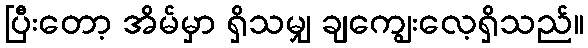
ပြီးတော့ အိမ်မှာ ရှိသမျှ ချကျွေးလေ့ရှိသည်။